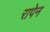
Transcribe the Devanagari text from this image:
रापेन